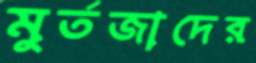
মুর্তজাদের